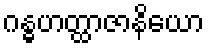
ဂန္ဓဟတ္ထာဇာနိယော